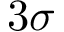
3 \sigma